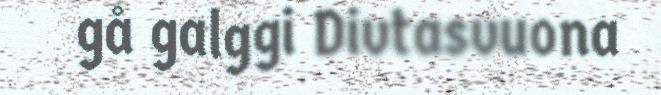
gå galggi Divtasvuona